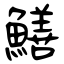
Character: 鱔